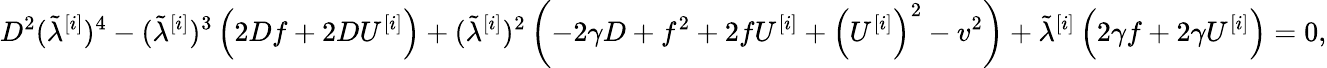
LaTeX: D^{2}(\tilde{\lambda}^{[i]})^{4}-(\tilde{\lambda}^{[i]})^{3}\left(2Df+2DU^{[i]}\right)+(\tilde{\lambda}^{[i]})^{2}\left(-2\gamma D+f^{2}+2fU^{[i]}+\left(U^{[i]}\right)^{2}-v^{2}\right)+\tilde{\lambda}^{[i]}\left(2\gamma f+2\gamma U^{[i]}\right)=0,